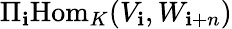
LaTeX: \Pi_{\mathbf{i}}{\mathrm{{Hom}}}_{K}(V_{\mathbf{i}},W_{\mathbf{i}+n})